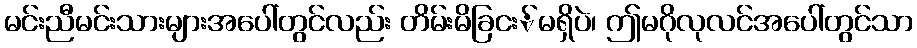
မင်းညီမင်းသားများအပေါ်တွင်လည်း တိမ်းမိခြငး်မရှိပဲ၊ ဤမဂိုလုလင်အပေါ်တွင်သာ